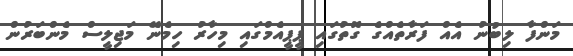
މަންފާ ލިބުނު އެއް ފަރާތެއްގެ ގޮތުގައި ޕީޕީއެމްގައި މިހާރު ހިމެނޭ މަޖިލީސް މެންބަރުން